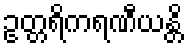
ဥတ္တရိကရဏီယန္တိ